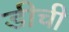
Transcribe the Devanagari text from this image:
डीची